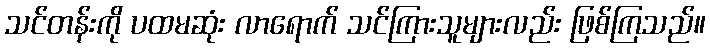
သင်တန်းကို ပထမဆုံး လာရောက် သင်ကြားသူများလည်း ဖြစ်ကြသည်။